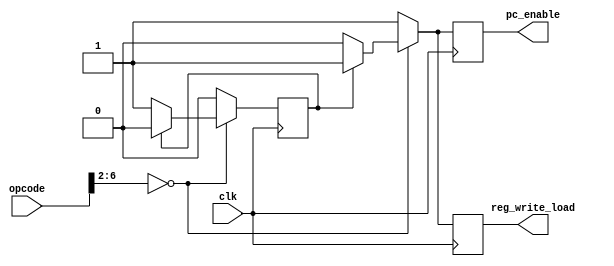
module load_wait(
  input clk,
  input [6:0] opcode,

  output reg pc_enable,
  output reg reg_write_load = 1'b0
);
  reg r_loadCount = 1'b0;

  always @(negedge clk) begin
    if (opcode[6:2] == 5'b00000) begin // Load type
      if (r_loadCount) begin
      // Load count 1
        // r_prevLoad      <= 1'b1;
        r_loadCount     <= 1'b0; // count 0
        pc_enable      <= 1'b1;
        reg_write_load  <= 1'b1;
      end else begin
      // Load !count (0)
        // r_prevLoad     <= 1'b1;
        r_loadCount     <= 1'b1; // count++
        pc_enable      <= 1'b0;
        reg_write_load  <= 1'b0;
      end
    end else begin
      // if (r_prevLoad) begin
      // notLoad prev (!count)
        // r_prevLoad     <= 1'b0;
        r_loadCount     <= 1'b0;
        pc_enable      <= 1'b1;
        reg_write_load  <= 1'b1;
      // end else begin
      // notLoad !prev (!count)
        // r_prevLoad  <= 1'b0;
        // r_loadCount <= 1'b0;
        // o_PCEnable  <= 1'b1;
        // o_regWriteLoad <= 1'b1;
      // end
    end
  end
  
endmodule